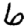
Digit: 6